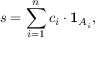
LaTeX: s = \sum _ { i = 1 } ^ { n } c _ { i } \cdot { \mathbf { 1 } } _ { A _ { i } } ,